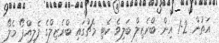
އަތުން 2-1 އިން ބްރެޒިލް ބަލިވެ ކެޓި މެޗުގައި ބްރެޒިލްގެ ފެލިއްޕޯ މެލޯ